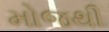
મોજથી